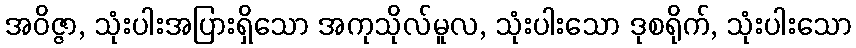
အဝိဇ္ဇာ, သုံးပါးအပြားရှိသော အကုသိုလ်မူလ, သုံးပါးသော ဒုစရိုက်, သုံးပါးသော